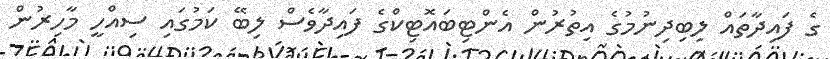
ގެ ފައިދާތައް ލިބިދިނުމުގެ އިތުރުން އެންޓިބައޮޓިކްގެ ފައިދާވެސް ލިބޭ ކަމުގައި ސިއްހީ މާހިރުން